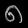
Digit: ၈